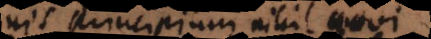
nis principium nihil novi